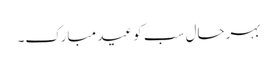
بہرحال سب کو عید مبارک۔